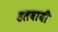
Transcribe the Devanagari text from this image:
डलवायी